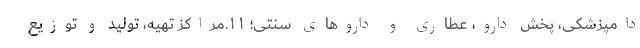
دامپزشکی، پخش دارو، عطاری و داروهای سنتی؛ ۱۱.مراکز تهیه، تولید و توزیع